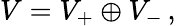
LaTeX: V=V_{+}\oplus V_{-}\, ,